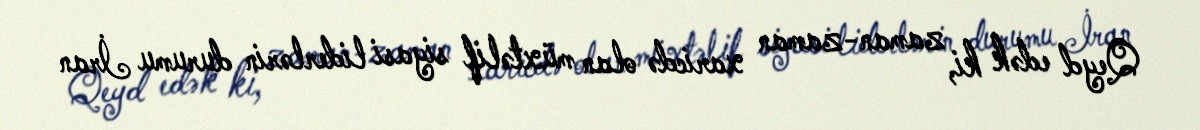
Qeyd edək ki, zaman-zaman xaricdə olan müxtəlif siyasi liderlərin durumu İran